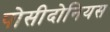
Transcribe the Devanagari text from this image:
पोसीदोनियस